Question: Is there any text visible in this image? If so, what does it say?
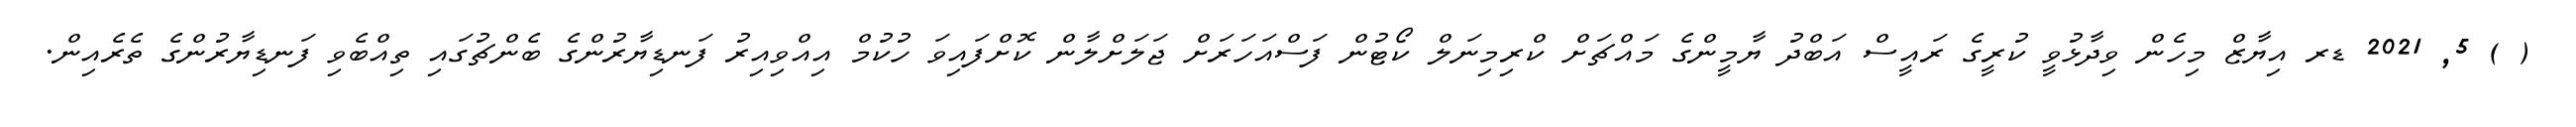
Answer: ( ) 5, 2021 ޑރ އިޔާޒް މިހެން ވިދާޅުވީ ކުރީގެ ރައީސް އަބްދު ޔާމީންގެ މައްޗަށް ކްރިމިނަލް ކޯޓުން ފަސްއަހަރަށް ޖަލަށްލާން ކޮށްފައިވަ ހުކުމް އިއްވިއިރު ފަނޑިޔާރުންގެ ބެންޗުގައި ތިއްބެވި ފަނޑިޔާރުންގެ ތެރެއިން.